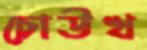
চোউখ